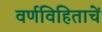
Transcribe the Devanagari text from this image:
वर्णविहिताचें